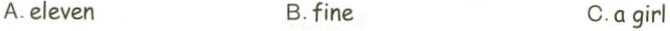
A.eleven B.fine C.a girl